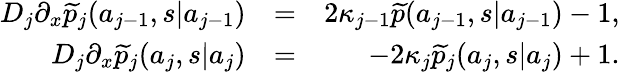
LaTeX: \begin{array}{rlr}{D_{j}\partial_{x}\widetilde{p}_{j}(a_{j-1},s|a_{j-1})}&{=}&{2\kappa_{j-1}\widetilde{p}(a_{j-1},s|a_{j-1})-1,}\\ {D_{j}\partial_{x}\widetilde{p}_{j}(a_{j},s|a_{j})}&{=}&{-2\kappa_{j}\widetilde{p}_{j}(a_{j},s|a_{j})+1.}\end{array}